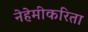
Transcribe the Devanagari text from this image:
नेहेमीकरिता